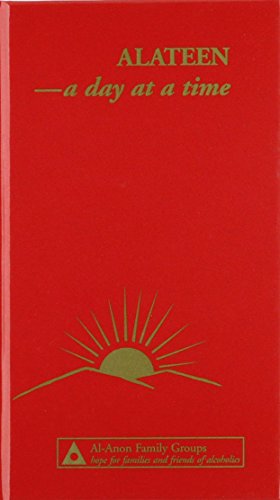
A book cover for Alateen: A Day at a Time; Incorporated Al-Anon Family Group Headquarters; Parenting & Relationships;